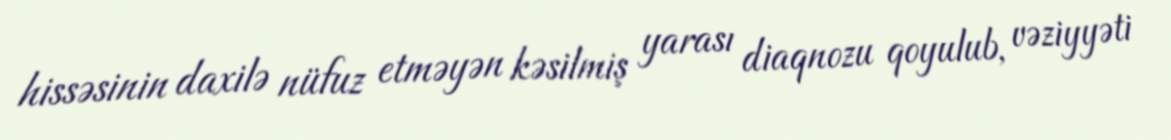
hissəsinin daxilə nüfuz etməyən kəsilmiş yarası diaqnozu qoyulub, vəziyyəti